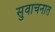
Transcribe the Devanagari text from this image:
सुवाचनात